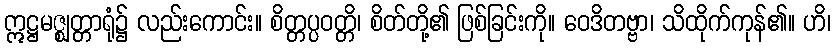
ဣဋ္ဌမဇ္ဈတ္တာရုံ၌ လည်းကောင်း။ စိတ္တပ္ပဝတ္တိ၊ စိတ်တို့၏ ဖြစ်ခြင်းကို။ ဝေဒိတဗ္ဗာ၊ သိထိုက်ကုန်၏။ ဟိ၊